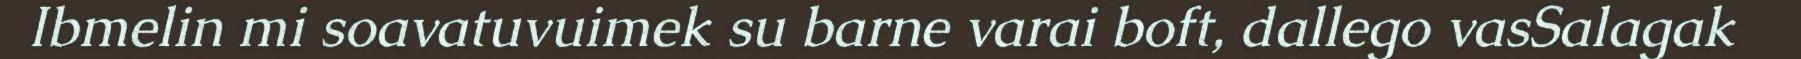
Ibmelin mi soavatuvuimek su barne varai boft, dallego vasSalagak